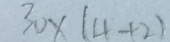
3 0 \times ( 4 + 2 )